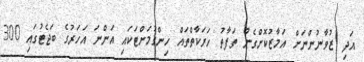
އަދި ޒުވާނުންނަށް އަމާޒުކޮށްގެން ތަފާތު ހަރަކާތްތައް ހިންގުމަށްޓަކައި އަންނަ އަހަރުގެ ބަޖެޓުގައި 300